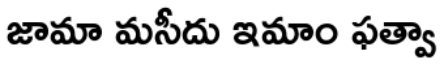
జామా మసీదు ఇమాం ఫత్వా